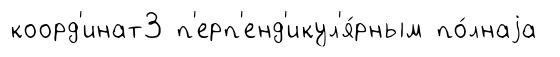
коорд'инат3 п'ерп'енд'икул'я́рным по́лнаjа